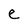
Character: e